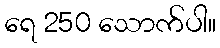
ရေ 250 သောက်ပါ။